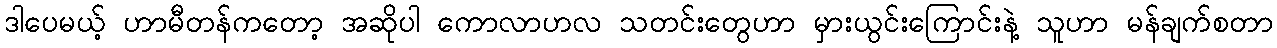
ဒါပေမယ့် ဟာမီတန်ကတော့ အဆိုပါ ကောလာဟလ သတင်းတွေဟာ မှားယွင်းကြောင်းနဲ့ သူဟာ မန်ချက်စတာ